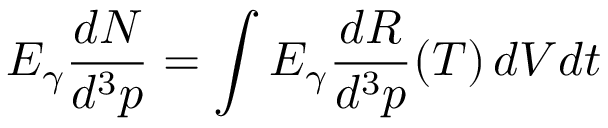
E _ { \gamma } \frac { d N } { d ^ { 3 } p } = \int E _ { \gamma } \frac { d R } { d ^ { 3 } p } ( T ) \, d V d t